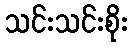
သင်းသင်းစိုး